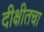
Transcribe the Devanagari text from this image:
दीक्षीतचा